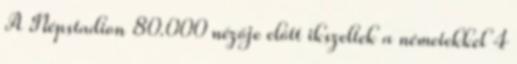
A Népstadion 80.000 nézője előtt ikszeltek a németekkel 4